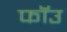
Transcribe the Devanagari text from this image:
फॉउ